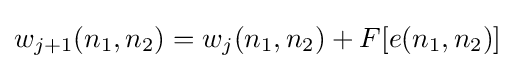
w_{j+1}(n_{1},n_{2})=w_{j}(n_{1},n_{2})+F[e(n_{1},n_{2})]